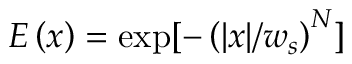
E \left( x \right) = \exp [ - \left( | x | / w _ { s } \right) ^ { N } ]